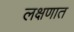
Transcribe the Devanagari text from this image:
लक्षणात